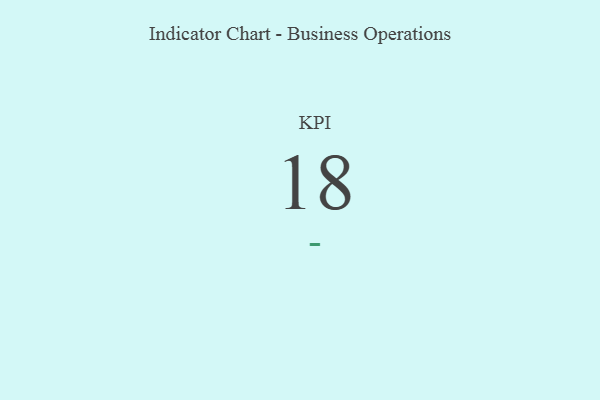
{"axis": {"x": "KPI", "y": "Value"}, "legend": [""], "data": [{"x": "KPI", "y": 18, "type": ""}]}